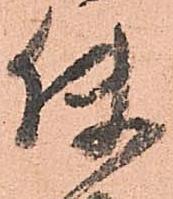
使